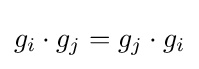
g_{i}\cdot g_{j}=g_{j}\cdot g_{i}